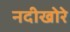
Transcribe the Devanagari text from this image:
नदीखोरे